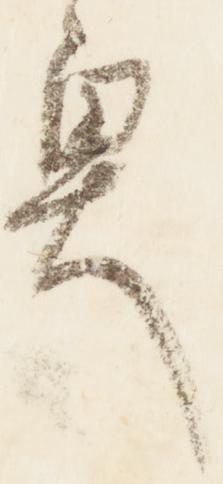
奥